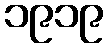
၁၉၁၉